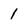
Character: 1